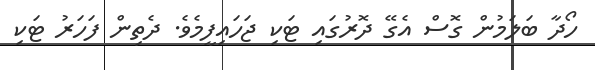
ހޯދާ ބަލަމުން ގޮސް އެގޭ ދޮރުގައި ޓަކި ޖަހައިފީމެވެ. ދެތިން ފަހަރު ޓަކި